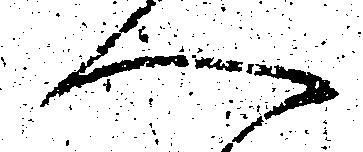
へ